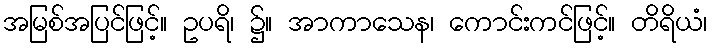
အမြစ်အပြင်ဖြင့်။ ဥပရိ၊ ၌။ အာကာသေန၊ ကောင်းကင်ဖြင့်။ တိရိယံ၊